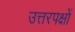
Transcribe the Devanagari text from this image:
उत्तरपक्षों